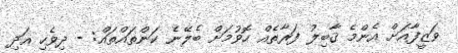
ވަޒީފާއަށް އެންމެ ޤާބިލު ފަރާތެއް ހޮވުމަށް ބެލޭނެ ކަންތައްތައް: - ދިވެހި އަދި